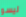
ليسو